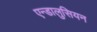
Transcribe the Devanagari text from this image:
एन्डालुसियन